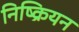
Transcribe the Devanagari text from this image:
निष्क्रियन